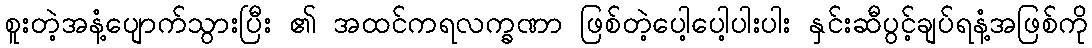
စူးတဲ့အနံ့ပျောက်သွားပြီး ၏ အထင်ကရလက္ခဏာ ဖြစ်တဲ့ပေါ့ပေါ့ပါးပါး နှင်းဆီပွင့်ချပ်ရနံ့အဖြစ်ကို